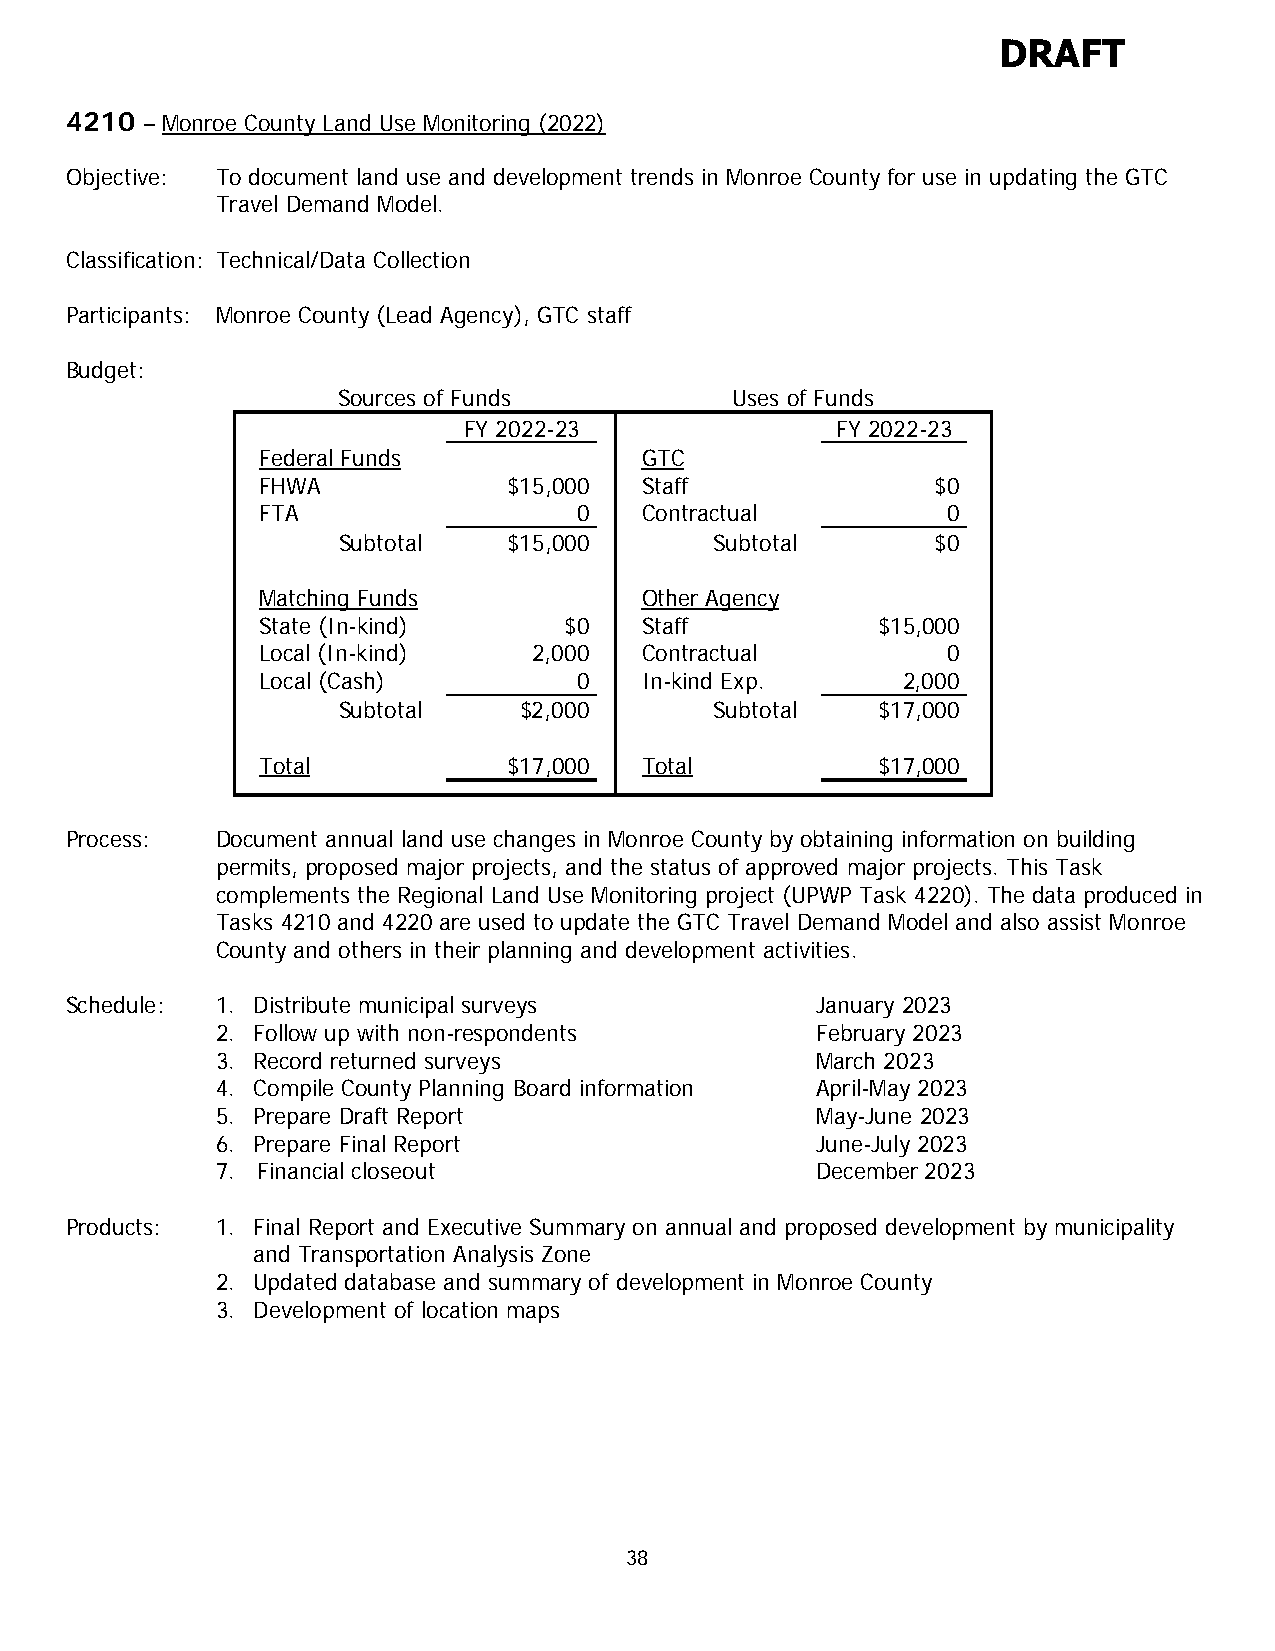
DRAFT
 4210 – Monroe County Land Use Monitoring (2022)
 Objective: To document land use and development trends in Monroe County for use in updating the GTC
 Travel Demand Model.
 Classification: Technical/Data Collection
 Participants: Monroe County (Lead Agency), GTC staff
 Budget:
 Sources of Funds          Uses of Funds
 FY 2022-23              FY 2022-23
 Federal Funds            GTC
 FHWA             $15,000 Staff               $0
 FTA                  0   Contractual          0
 Subtotal    $15,000      Subtotal       $0
 Matching Funds           Other Agency
 State (In-kind)     $0   Staff           $15,000
 Local (In-kind)   2,000  Contractual          0
 Local (Cash)         0   In-kind Exp.      2,000
 Subtotal    $2,000       Subtotal   $17,000
 Total            $17,000 Total           $17,000
 Process:  Document annual land use changes in Monroe County by obtaining information on building
 permits, proposed major projects, and the status of approved major projects. This Task
 complements the Regional Land Use Monitoring project (UPWP Task 4220). The data produced in
 Tasks 4210 and 4220 are used to update the GTC Travel Demand Model and also assist Monroe
 County and others in their planning and development activities.
 Schedule: 1. Distribute municipal surveys         January 2023
 2. Follow up with non-respondents       February 2023
 3. Record returned surveys              March 2023
 4. Compile County Planning Board information April-May 2023
 5. Prepare Draft Report                 May-June 2023
 6. Prepare Final Report                 June-July 2023
 7. Financial closeout                   December 2023
 Products: 1. Final Report and Executive Summary on annual and proposed development by municipality
 and Transportation Analysis Zone
 2. Updated database and summary of development in Monroe County
 3. Development of location maps
 38